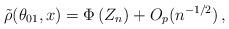
LaTeX: \begin{align*}\tilde{\rho} (\theta_{01}, x) = \Phi \left( Z_n \right) + O_p(n^{-1/2}) \,, \end{align*}